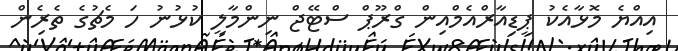
އިއްޔެ މޮޅާއެކު ޕީޑިއާރްއެމްއިން ގްރޫޕް ސްޓޭޖް ނިންމާލީ ކުޅުނު ހަ މެޗުގެ ތެރެިން